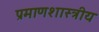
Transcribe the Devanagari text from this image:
प्रमाणशास्त्रीय